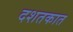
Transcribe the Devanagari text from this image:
दशतकात